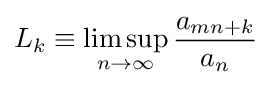
L_{k}\equiv \limsup _{n\rightarrow \infty }{\frac {a_{mn+k}}{a_{n}}}